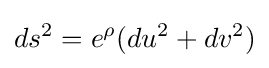
ds^{2}=e^{\rho }(du^{2}+dv^{2})